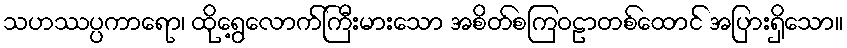
သဟဿပ္ပကာရော၊ ထိုရွေ့လောက်ကြီးမားသော အစိတ်စကြဝဠာတစ်ထောင် အပြားရှိသော။